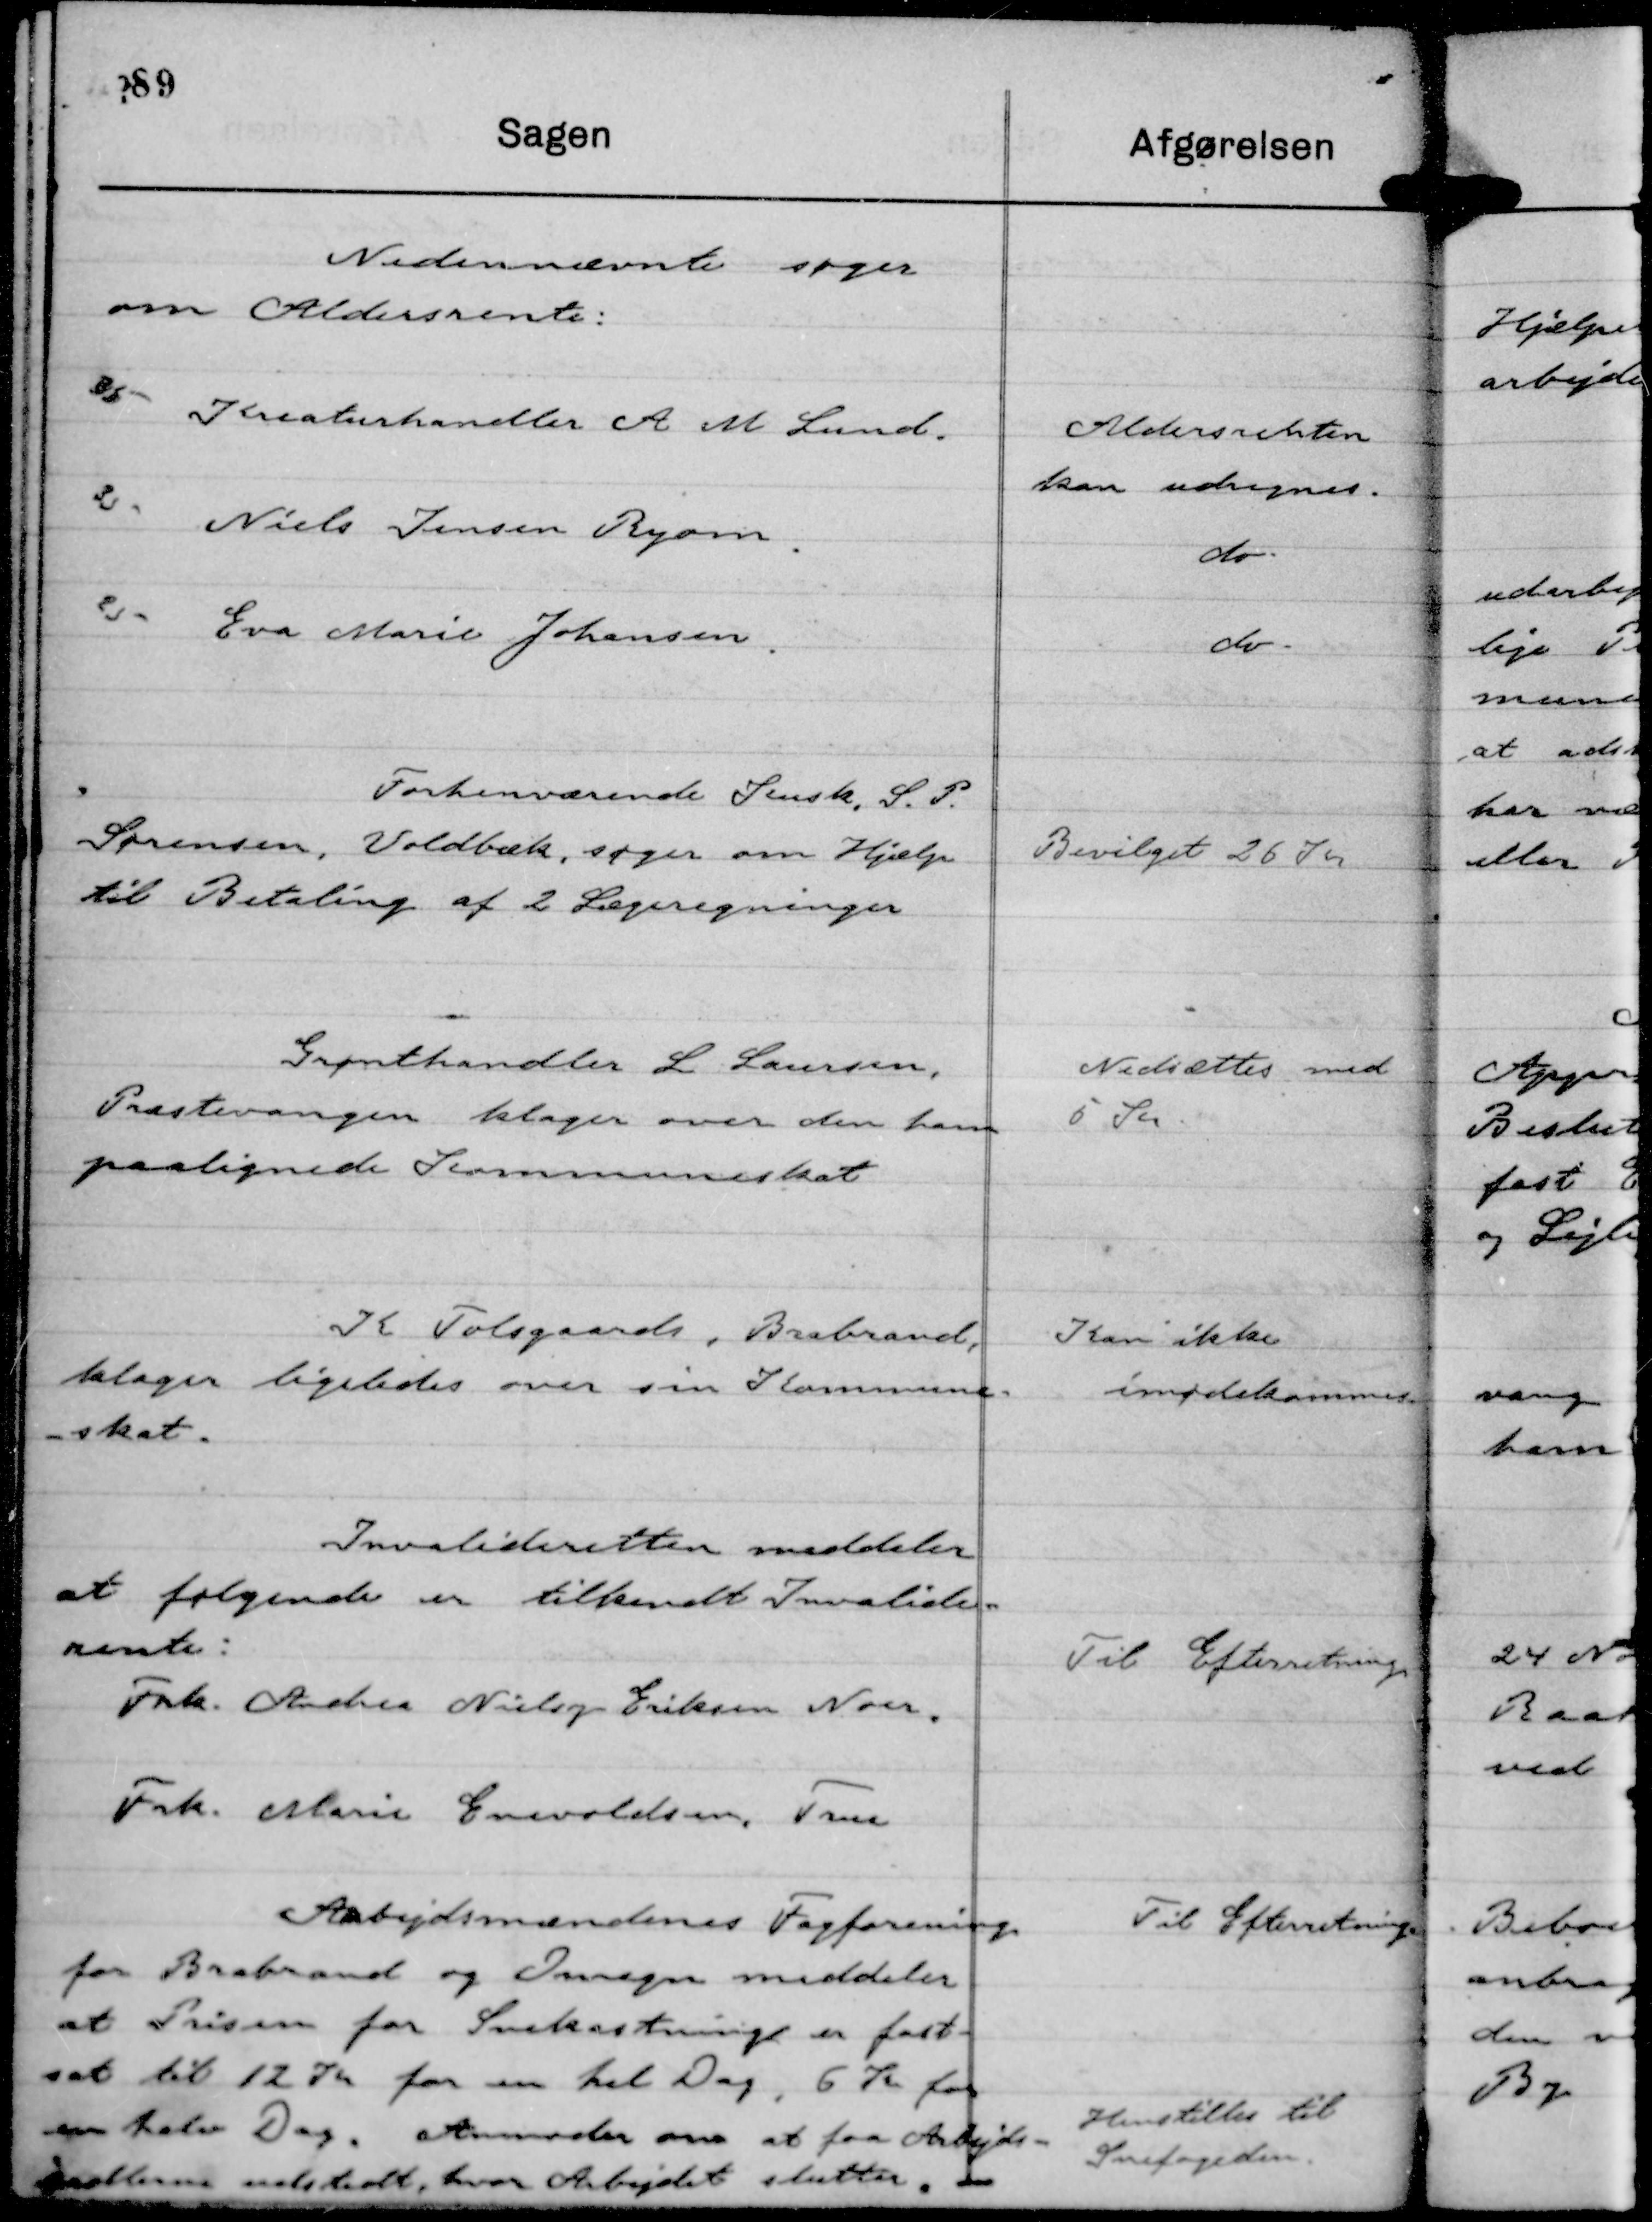
Transskription:
Forhenværende Kusk, S. P.
Sørensen, Voldbæk, søger om Hjælp
til Betaling af 2 Lægeregninger

Bevilget 26 Kr

Grønthandler L Laursen,
Præstevangen klager over den ham
paalignede Kommuneskat

Nedsættes med
5 Kr.

K Tolsgaards, Brabrand,
klager ligeledes over sin Kommune-
-skat.

Kan ikke
imødekommes.

Invalideretten meddeler
at følgende er tilkendt Invalide-
rente:
Frk. Andrea Nielsy Eriksen Noer.
Frk. Marie Enevoldsen, True

Til Efterretning

Arbejdsmændenes Fagforening
for Brabrand og Omegn meddeler
at Prisen for Snekastning er fast-
sat til 12 Kr for en hel Dag, 6 Kr for
en halv Dag. Anmoder om at faa Abejds-
Sedlerne udstedt, hvor Arbejdet slutter.

Til Efterretning.
Henstilles til
Snefogeden.